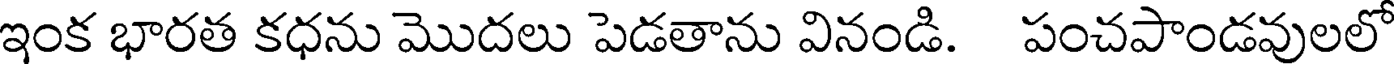
ఇంక భారత కధను మొదలు పెడతాను వినండి. పంచపాండవులలో